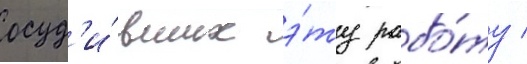
осуд'и́вших э́ту рабо́ту /